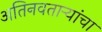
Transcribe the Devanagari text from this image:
अतिनवताऱ्यांचा